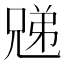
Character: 𫤜